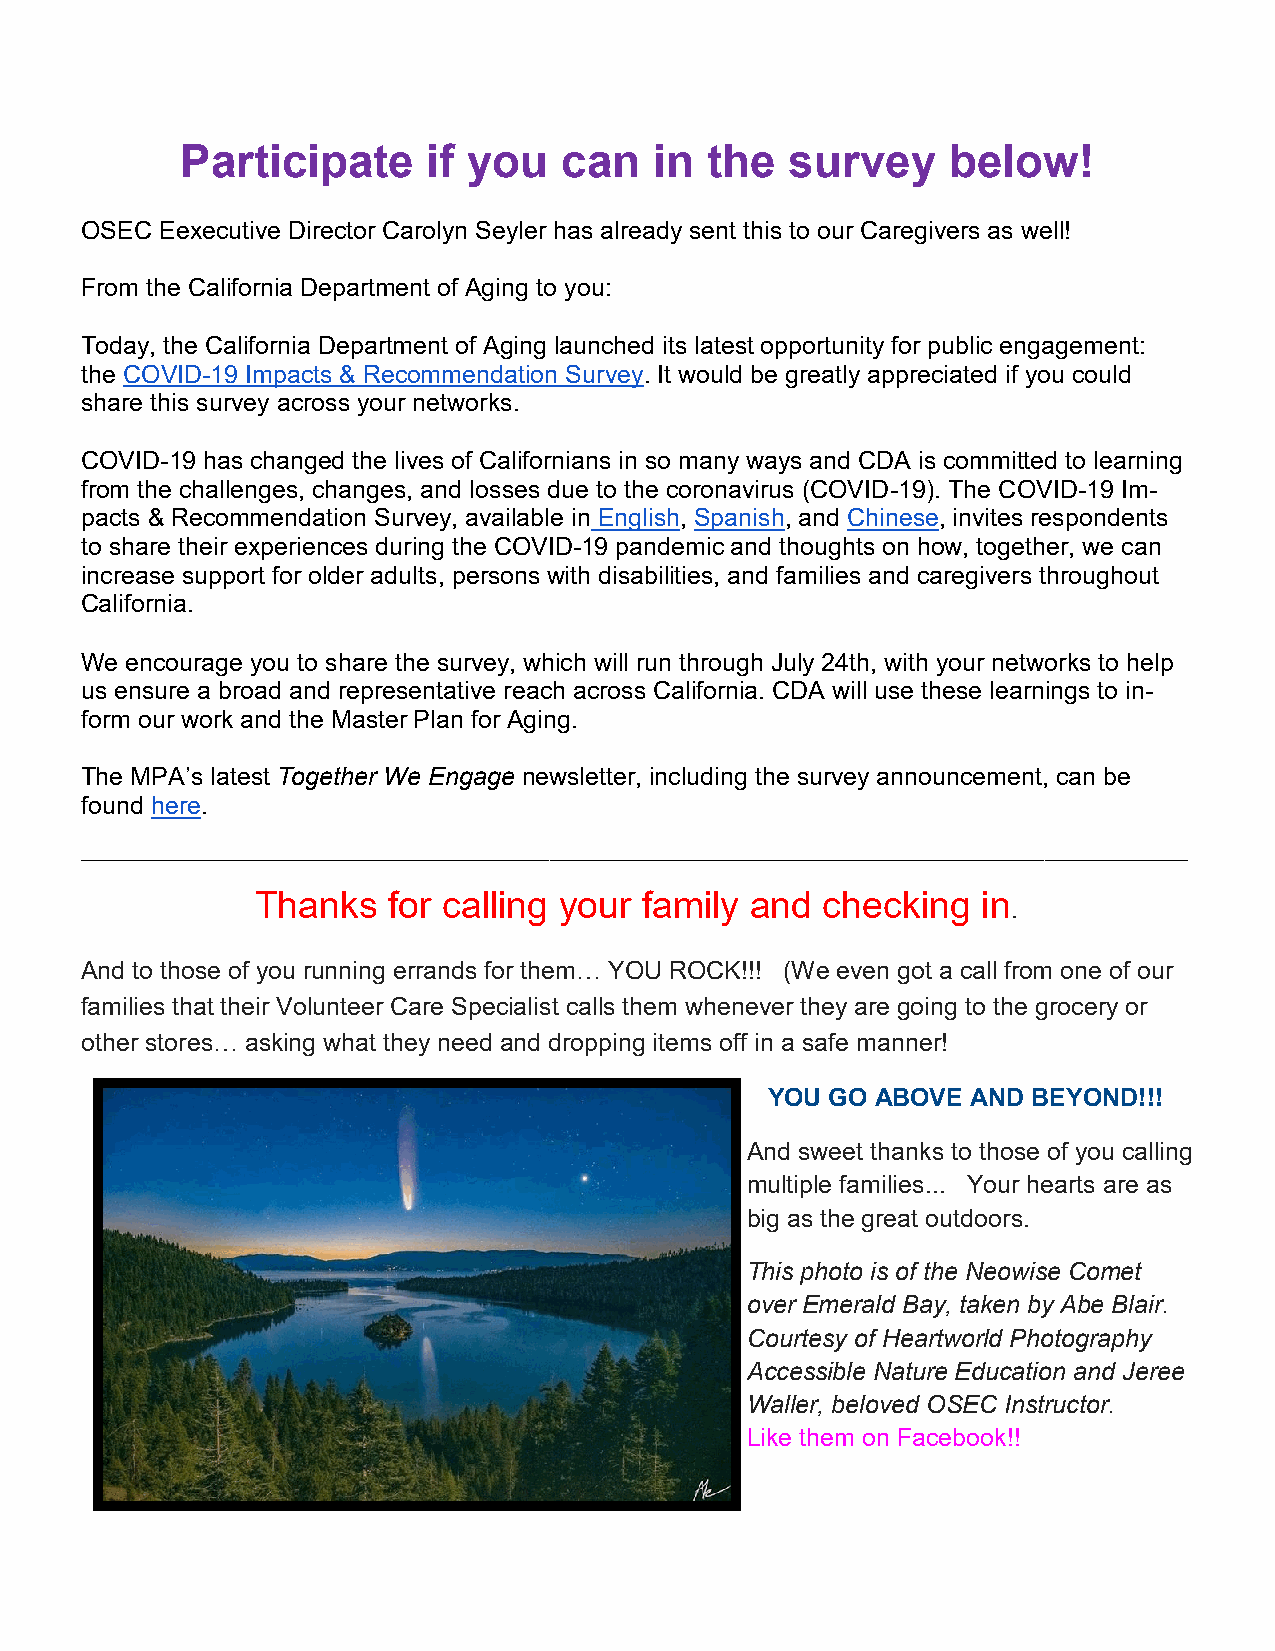
Participate     if you   can   in  the  survey     below!
 OSEC  Eexecutive Director Carolyn Seyler has already sent this to our Caregivers as well!
 From the California Department of Aging to you:
 Today, the California Department of Aging launched its latest opportunity for public engagement:
 the COVID-19 Impacts & Recommendation Survey. It would be greatly appreciated if you could
 share this survey across your networks.
 COVID-19 has changed the lives of Californians in so many ways and CDA is committed to learning
 from the challenges, changes, and losses due to the coronavirus (COVID-19). The COVID-19 Im-
 pacts & Recommendation Survey, available in English, Spanish, and Chinese, invites respondents
 to share their experiences during the COVID-19 pandemic and thoughts on how, together, we can
 increase support for older adults, persons with disabilities, and families and caregivers throughout
 California.
 We encourage you to share the survey, which will run through July 24th, with your networks to help
 us ensure a broad and representative reach across California. CDA will use these learnings to in-
 form our work and the Master Plan for Aging.
 The MPA’s latest Together We Engage newsletter, including the survey announcement, can be
 found here.
 _____________________________________________________________________________________
 Thanks   for calling your family and  checking  in
 .
 And to those of you running errands for them… YOU ROCK!!! (We even got a call from one of our
 families that their Volunteer Care Specialist calls them whenever they are going to the grocery or
 other stores… asking what they need and dropping items off in a safe manner!
 YOU GO ABOVE AND BEYOND!!!
 And sweet thanks to those of you calling
 multiple families... Your hearts are as
 big as the great outdoors.
 This photo is of the Neowise Comet
 over Emerald Bay, taken by Abe Blair.
 Courtesy of Heartworld Photography
 Accessible Nature Education and Jeree
 Waller, beloved OSEC Instructor.
 Like them on Facebook!!